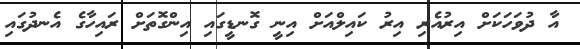
އާ ދުވަހަކަށް އިރުއެރި އިރު ކައިލްއަށް އިނީ ގޮނޑީގައި އިންގޮތަށް ރައިހާގެ އެނދުގައި